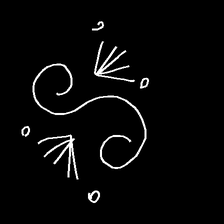
Glyph: aeroform